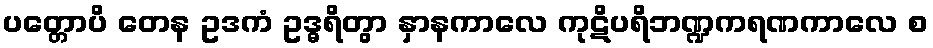
ပတ္တောပိ တေန ဥဒကံ ဥဒ္ဓရိတွာ နှာနကာလေ ကုဋိပရိဘဏ္ဍကရဏကာလေ စ